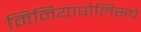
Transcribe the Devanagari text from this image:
मिनियापोलिसचे